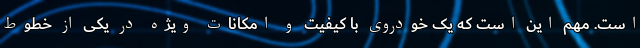
است. مهم این است که یک خودروی با کیفیت و امکانات ویژه در یکی از خطوط